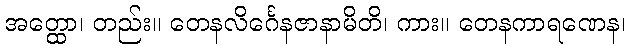
အတ္ထော၊ တည်း။ တေနလိင်္ဂေနဇာနာမိတိ၊ ကား။ တေနကာရဏေန၊